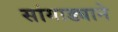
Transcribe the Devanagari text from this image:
सांगाड्याने